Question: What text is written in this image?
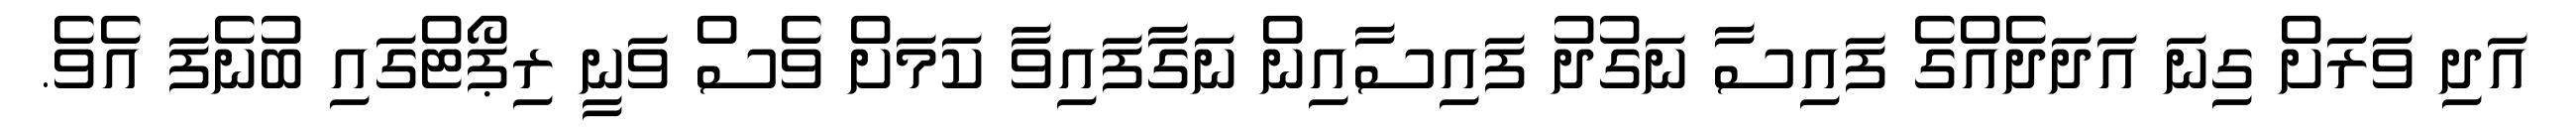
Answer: އަދި ވަރަށް ގިނަ އަދަދެއްގެ ފައިސާ ނަގުދު ފައިސާއިން ނަގާފައިވާ ކަމަށް ވެސް ވަނީ ރިޕޯޓްގައި ބުނެފަ އެވެ.